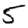
Digit: 5